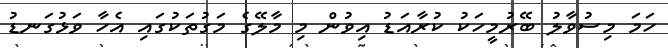
ހަމަ މިސުވާލު ބޭރުމީހަކު ކުރާއަޑު އިވުން މި މާލޭގެ މަގުތަކުގައި އެހާ ވަޅުގަނޑު